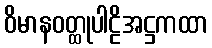
ဝိမာနဝတ္ထုပါဠိအဋ္ဌကထာ